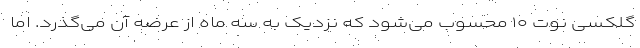
گلکسی نوت ۱۰ محسوب می‌شود که نزدیک به سه ماه از عرضه آن می‌گذرد. اما